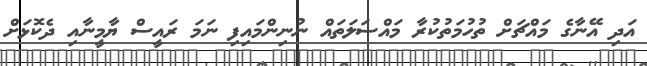
އަދި އޭނާގެ މައްޗަށް ތުހުމަތުކުރާ މައްސަލަތައް ނުނިންމައިފި ނަމަ ރައީސް ޔާމީނާއި ދެކޮޅަށް